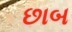
છાબ